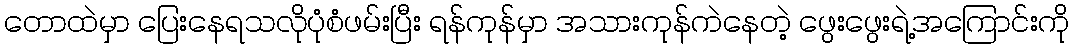
တောထဲမှာ ပြေးနေရသလိုပုံစံဖမ်းပြီး ရန်ကုန်မှာ အသားကုန်ကဲနေတဲ့ ဖွေးဖွေးရဲ့အကြောင်းကို